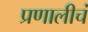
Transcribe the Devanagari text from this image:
प्रणालीचं